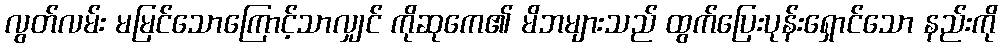
လွတ်လမ်း မမြင်သောကြောင့်သာလျှင် ကိုဆုကေ၏ မိဘများသည် ထွက်ပြေးပုန်းရှောင်သော နည်းကို